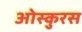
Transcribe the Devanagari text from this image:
ओस्कुरस